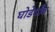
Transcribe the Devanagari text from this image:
घोडेगाँव